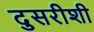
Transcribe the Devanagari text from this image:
दुसरीशी